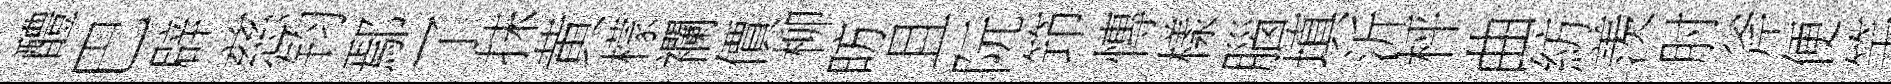
醴巴辟慈钧鄢了抹黄檬襴價柳昉且阮笻慱樣腦填沂枰曲紡羡肘斧便竿